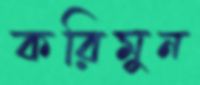
করিমুন